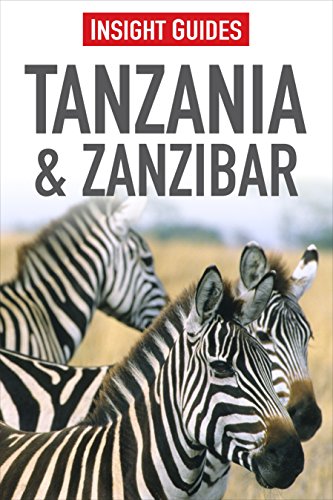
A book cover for Tanzania & Zanzibar (Insight Guides); Insight Guides; Travel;